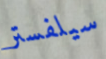
سيلفستر